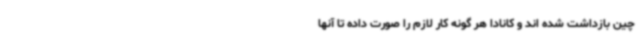
چین بازداشت شده اند و کانادا هر گونه کار لازم را صورت داده تا آنها